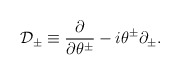
\begin{align*}\mathcal{D}_{\pm }\equiv \frac{\partial }{\partial \theta ^{\pm }}-i\theta^{\pm }\partial _{\pm }. \end{align*}